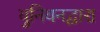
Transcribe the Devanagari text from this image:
युनियनद्वारा